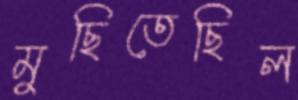
মুছিতেছিল